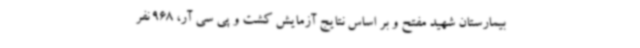
بیمارستان شهید مفتح و بر اساس نتایج آزمایش کشت و پی سی آر، 968 نفر